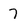
Character: 7